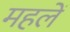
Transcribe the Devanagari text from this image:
महलें